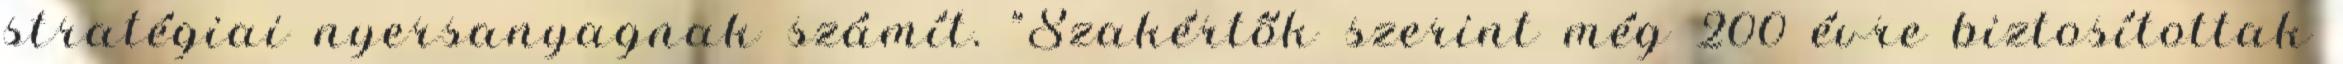
stratégiai nyersanyagnak számít. "Szakértők szerint még 200 évre biztosítottak